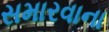
સમારવાના